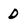
Character: D